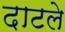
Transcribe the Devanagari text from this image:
दाटले